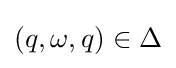
(q,\omega ,q)\in \Delta